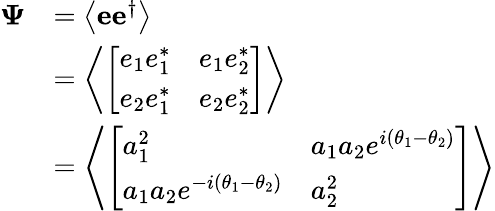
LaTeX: {\begin{array}{rl}{\mathbf{\Psi}}&{=\left\langle\mathbf{e}\mathbf{e}^{\dagger}\right\rangle}\\ &{=\left\langle{\left[\begin{array}{ll}{e_{1}e_{1}^{*}}&{e_{1}e_{2}^{*}}\\ {e_{2}e_{1}^{*}}&{e_{2}e_{2}^{*}}\end{array}\right]}\right\rangle}\\ &{=\left\langle{\left[\begin{array}{ll}{a_{1}^{2}}&{a_{1}a_{2}e^{i\left(\theta_{1}-\theta_{2}\right)}}\\ {a_{1}a_{2}e^{-i\left(\theta_{1}-\theta_{2}\right)}}&{a_{2}^{2}}\end{array}\right]}\right\rangle}\end{array}}